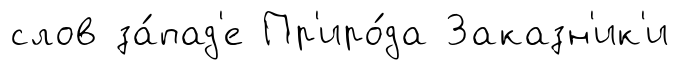
слов за́пад'е Пр'иро́да Заказн'ик'и